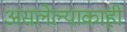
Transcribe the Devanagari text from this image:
असलेल्याकाही